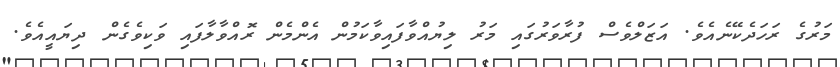
މަރުގެ ރަހަދެކޭނެއެވެ. އަޒަލްވެސް ފުރާވަރުގައި މަރު ލިޔުއްވާފައިވާކަމުން އެންމެން ރޮއްވާލާފައި ވަކިވެގެން ދިޔައީއެވެ.